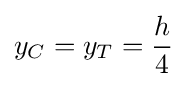
y_{C}=y_{T}={\frac {h}{4}}